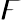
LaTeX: \digamma